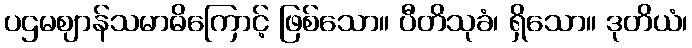
ပဌမဈာန်သမာဓိကြောင့် ဖြစ်သော။ ပီတိသုခံ၊ ရှိသော။ ဒုတိယံ၊